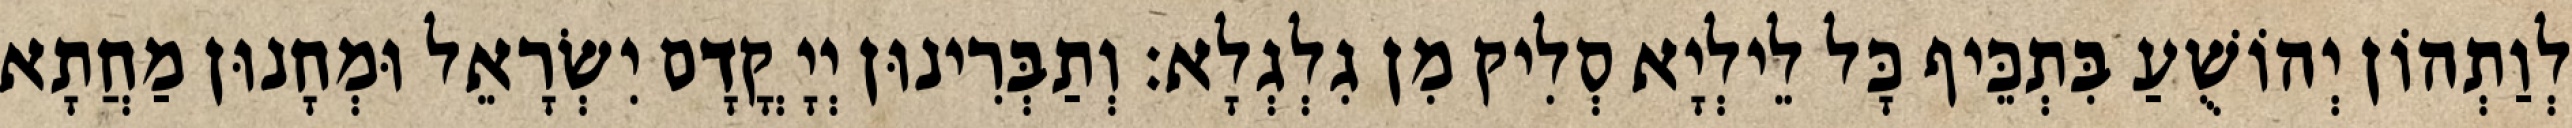
לְוַתְהוֹן יְהוֹשֻׁעַ בִּתְכֵּיף כָּל לֵילְיָא סְלִיק מִן גִלְגְלָא׃ וְתַבְּרִינוּן יְיָ קֳדָם יִשְׂרָאֵל וּמְחָנוּן מַחֲתָא